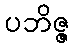
ပဘိဇ္ဇ